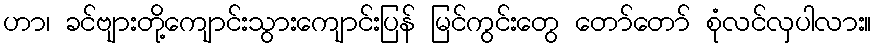
ဟာ၊ ခင်ဗျားတို့ကျောင်းသွားကျောင်းပြန် မြင်ကွင်းတွေ တော်တော် စုံလင်လှပါလား။